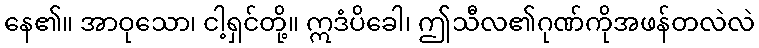
နေ၏။ အာဝုသော၊ ငါ့ရှင်တို့။ ဣဒံပိခေါ၊ ဤသီလ၏ဂုဏ်ကိုအဖန်တလဲလဲ